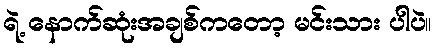
ရဲ့ နောက်ဆုံးအချစ်ကတော့ မင်းသား ပါပဲ။